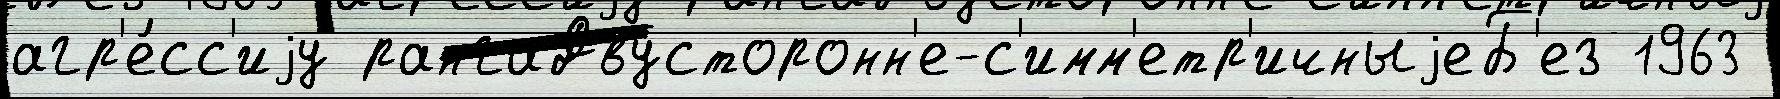
агр'е́сс'иjу рангаДвусторонн'е-с'имм'етр'ичныjеБ'ез 1963